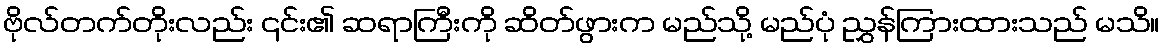
ဗိုလ်တက်တိုးလည်း ၎င်း၏ ဆရာကြီးကို ဆိတ်ဖွားက မည်သို့ မည်ပုံ ညွှန်ကြားထားသည် မသိ။